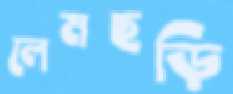
লেমছড়ি